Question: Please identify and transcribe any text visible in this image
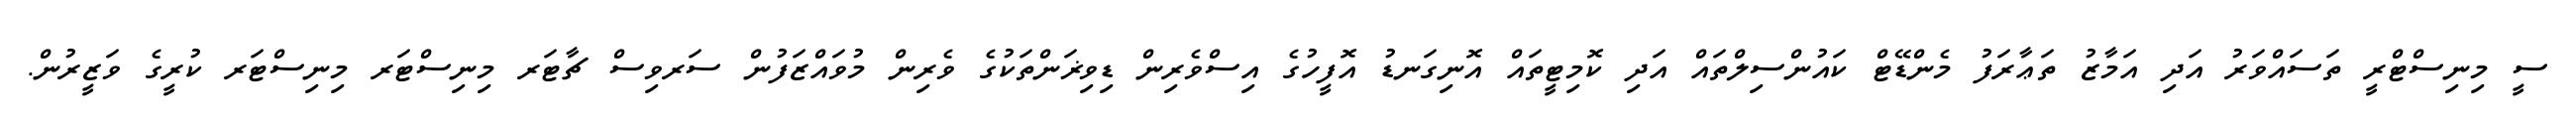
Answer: ސީ މިނިސްޓްރީ ތަސައްވަރު އަދި އަމާޒު ތަޢާރަފު މެންޑޭޓް ކައުންސިލްތައް އަދި ކޮމިޓީތައް އޮނިގަނޑު އޮފީހުގެ އިސްވެރިން ޑިވިޜަންތަކުގެ ވެރިން މުވައްޒަފުން ސަރވިސް ޗާޓަރ މިނިސްޓަރ މިނިސްޓަރ ކުރީގެ ވަޒީރުން.